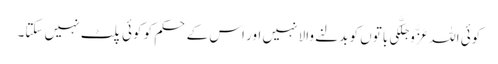
کوئی اللہ عَزَّوَجَلَّکی باتوں کو بدلنے والا نہیں اور اس کے حکم کو کوئی پلٹ نہیں سکتا۔